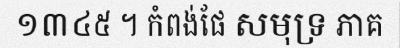
១៣៤៥ ។ កំពង់ផែ សមុទ្រ ភាគ